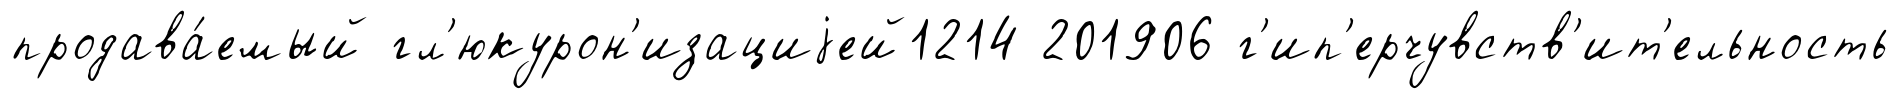
продава́емый гл'юкурон'изациjей1214 201906 г'ип'ерчувств'ит'ельность